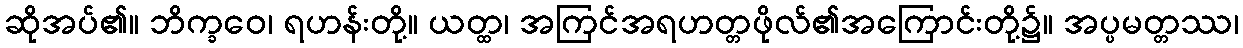
ဆိုအပ်၏။ ဘိက္ခဝေ၊ ရဟန်းတို့။ ယတ္ထ၊ အကြင်အရဟတ္တဖိုလ်၏အကြောင်းတို့၌။ အပ္ပမတ္တဿ၊